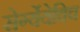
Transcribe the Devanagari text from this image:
सेर्ग्येयेविच